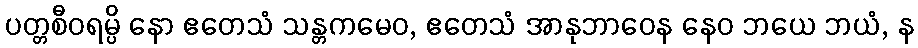
ပတ္တစီဝရမ္ပိ နော ဧတေသံ သန္တကမေဝ, ဧတေသံ အာနုဘာဝေန နေဝ ဘယေ ဘယံ, န